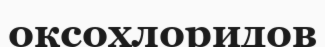
оксохлоридов